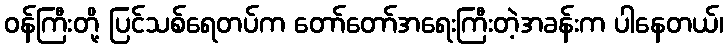
ဝန်ကြီးတို့ ပြင်သစ်ရေတပ်က တော်တော်အရေးကြီးတဲ့အခန်းက ပါနေတယ်၊